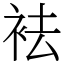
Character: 袪